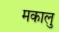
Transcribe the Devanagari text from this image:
मकालु